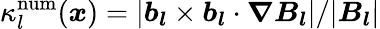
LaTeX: \kappa_{l}^{\mathrm{num}}(\boldsymbol{x})=\vert\boldsymbol{b_{l}}\times\boldsymbol{b_{l}}\cdot\boldsymbol{\nabla}\boldsymbol{B_{l}}\vert/\vert\boldsymbol{B_{l}}\vert